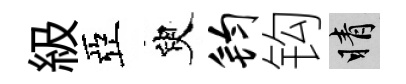
級亞臾钧钩睛